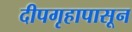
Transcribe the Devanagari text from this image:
दीपगृहापासून